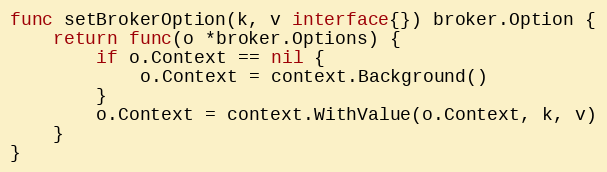
Language: Go
func setBrokerOption(k, v interface{}) broker.Option {
	return func(o *broker.Options) {
		if o.Context == nil {
			o.Context = context.Background()
		}
		o.Context = context.WithValue(o.Context, k, v)
	}
}